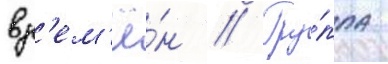
вр'ем'ё́н // Гру́ппа